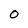
Character: O